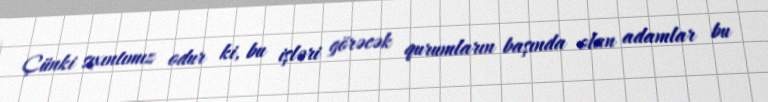
Çünki sıxıntımız odur ki, bu işləri görəcək qurumların başında olan adamlar bu